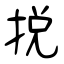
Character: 捝